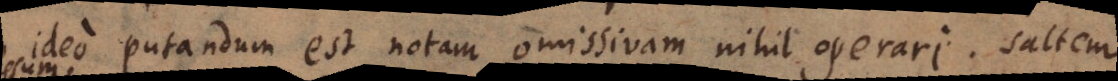
ideo putandum est notam omissivam nihil operari. Saltem